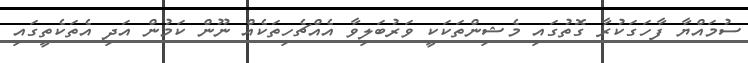
ސުމައްޔާ ފާހަގަކުރާ ގޮތުގައި މެޝިންތަކަކީ ވަރުބަލިވާ އެއްޗެހިތަކެއް ނޫން ކަމުން އަދި އެތަކެތީގައި